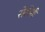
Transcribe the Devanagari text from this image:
सेठीशी